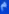
e